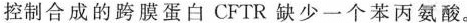
控制合成的跨膜蛋白CFTR缺少一个苯丙氨酸。